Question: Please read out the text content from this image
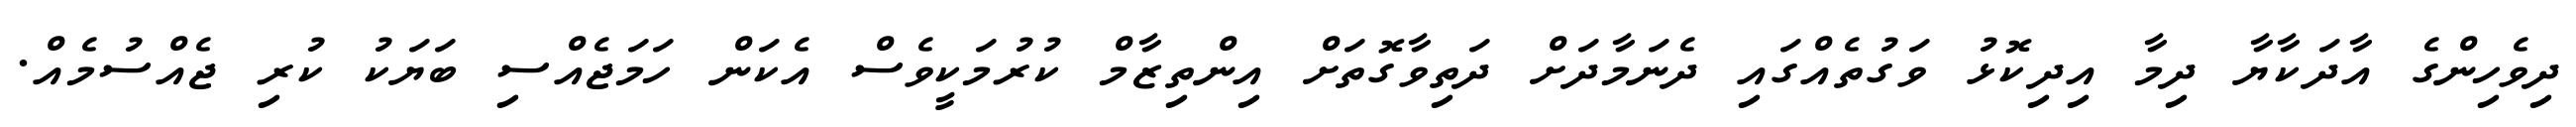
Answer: ދިވެހިންގެ އާދަކާޔާ ދިމާ އިދިކޮޅު ވަގުތެއްގައި ދެނަމާދަށް ދަތިވާގޮތަށް އިންތިޒާމް ކުރުމަކީވެސް އެކަން ހަމަޖެއްސި ބަޔަކު ކުރި ޖެއްސުމެއް.